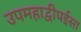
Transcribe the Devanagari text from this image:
उपमहाद्वीपईसा